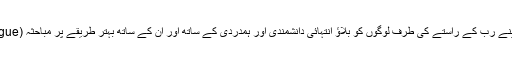
(النحل: ۱۲۵)اپنے رب کے راستے کی طرف لوگوں کو بلاؤ انتہائی دانشمندی اور ہمدردی کے ساتھ اور ان کے ساتھ بہتر طریقے پر مباحثہ (Dialogue) کرو۔